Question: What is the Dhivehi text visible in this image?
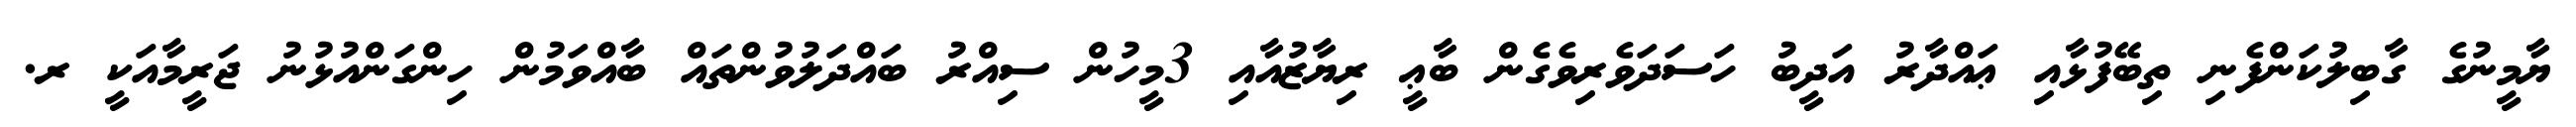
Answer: ޔާމީނުގެ ގާބިލުކަންފެނި ތިބޭފުޅާއި ޢައްދާރު އަދީބު ހަސަދަވެރިވެގެން ބާޢީ ރިޔާޒުއާއި 3މީހުން ސިއްރު ބައްދަލުވުންތައް ބާއްވަމުން ހިންގަންއުޅުނު ޖަރީމާއަކީ ރ.